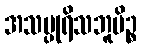
အသပ္ပုရိသဘူမိဉ္စ